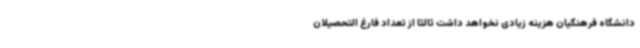
دانشگاه فرهنگیان هزینه زیادی نخواهد داشت ثالثا از تعداد فارغ التحصیلان